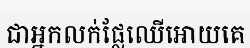
ជាអ្នកលក់ផ្លែឈើអោយគេ